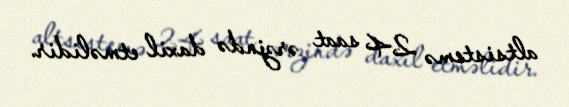
altsistemə 24 saat ərzində daxil etməlidir.